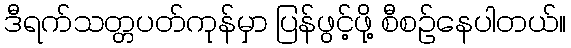
ဒီရက်သတ္တပတ်ကုန်မှာ ပြန်ဖွင့်ဖို့ စီစဉ်နေပါတယ်။